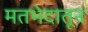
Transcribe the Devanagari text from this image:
मतभेदातून